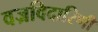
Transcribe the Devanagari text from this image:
वज्रविदारिणी